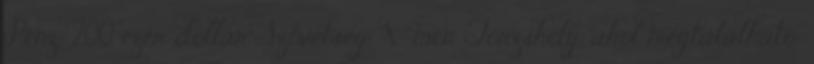
Pénz: 200 ezer dollár Szövetség: X-men Törzshely, ahol megtalálható: